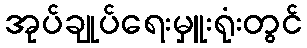
အုပ်ချုပ်ရေးမှူးရုံးတွင်